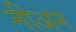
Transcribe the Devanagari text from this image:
नीअन